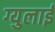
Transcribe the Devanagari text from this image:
ग्युलाई